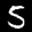
Label: 5